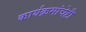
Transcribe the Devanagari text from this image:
कार्यक्रमांचेही